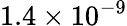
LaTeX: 1.4\times 10^{-9}